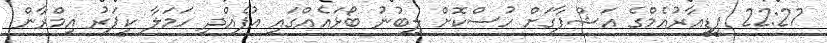
22:27 ޕީޑީއާރުއެމްގެ އަޝްފާގަށް ހުސްކޮށް ލިބުނު ބޯޅައެއްގައި އުފެއްދި ހަމަލާ ކީޕަރު އިމްރާން